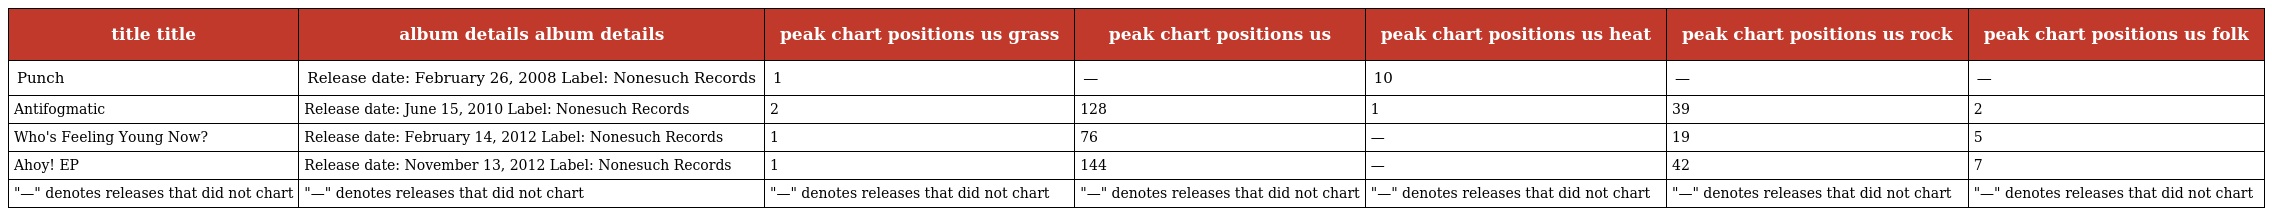
| title title | album details album details | peak chart positions us grass | peak chart positions us | peak chart positions us heat | peak chart positions us rock | peak chart positions us folk |
 | --- | --- | --- | --- | --- | --- | --- |
 | Punch | Release date: February 26, 2008 Label: Nonesuch Records | 1 | — | 10 | — | — |
 | Antifogmatic | Release date: June 15, 2010 Label: Nonesuch Records | 2 | 128 | 1 | 39 | 2 |
 | Who's Feeling Young Now? | Release date: February 14, 2012 Label: Nonesuch Records | 1 | 76 | — | 19 | 5 |
 | Ahoy! EP | Release date: November 13, 2012 Label: Nonesuch Records | 1 | 144 | — | 42 | 7 |
 | "—" denotes releases that did not chart | "—" denotes releases that did not chart | "—" denotes releases that did not chart | "—" denotes releases that did not chart | "—" denotes releases that did not chart | "—" denotes releases that did not chart | "—" denotes releases that did not chart |